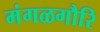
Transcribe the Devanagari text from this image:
मंगळगौरि